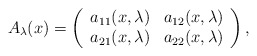
\begin{align*}A_\lambda(x)=\left( \begin{array}{cc} a_{11}(x,\lambda) & a_{12}(x,\lambda) \\ a_{21}(x,\lambda) & a_{22}(x,\lambda) \\ \end{array}\right),\end{align*}